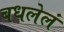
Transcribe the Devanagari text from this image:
बधलेलं